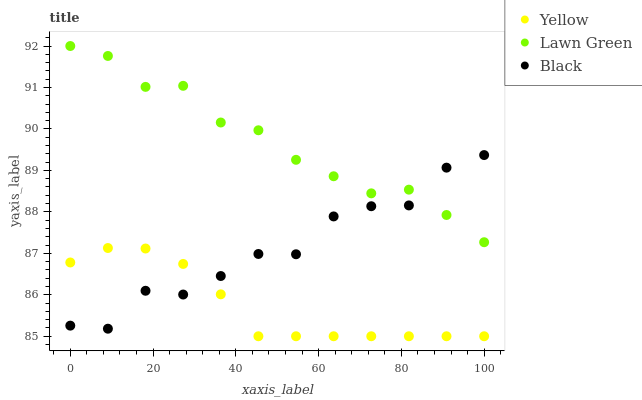
| xaxis_label | Yellow | Lawn Green | Black |
 | --- | --- | --- | --- |
 | 0 | 86.8 | 92 | 85.3 |
 | 9.09 | 87.1 | 91.8 | 85.2 |
 | 18.2 | 87.1 | 91 | 86.1 |
 | 27.3 | 86.7 | 91 | 86 |
 | 36.4 | 86 | 90.2 | 86.5 |
 | 45.5 | 85 | 90 | 87 |
 | 54.5 | 85 | 89.3 | 87 |
 | 63.6 | 85 | 88.9 | 87.9 |
 | 72.7 | 85 | 88.4 | 88.1 |
 | 81.8 | 85 | 88.5 | 88.2 |
 | 90.9 | 85 | 87.9 | 89.1 |
 | 100 | 85 | 87.3 | 89.4 |